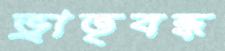
ভ্রাতৃবন্ধ